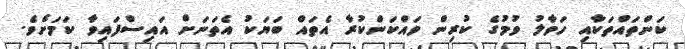
ކަންތައްތަކާއި ހަވާލު ވުމުގެ ކުރިން ވައްކަންކުރާ އެތައް ބަޔަކު އެތަނަށް އައިސްފައިވާ ކަމަށެވެ.